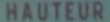
HAUTEUR